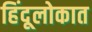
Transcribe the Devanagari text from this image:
हिंदूलोकात